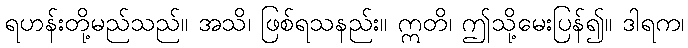
ရဟန်းတို့မည်သည်။ အသိ၊ ဖြစ်ရသနည်း။ ဣတိ၊ ဤသို့မေးပြန်၍။ ဒါရက၊